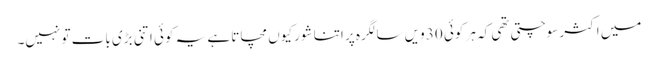
میں اکثر سوچتی تھی کہ ہر کوئی 30 ویں سالگرہ پر اتنا شور کیوں مچاتا ہے یہ کوئی اتنی بڑی بات تو نہیں۔